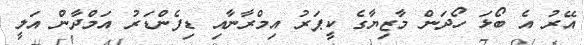
އޭރު އެ ބޯޅަ ހޯދަން މާޒިޔާގެ ކީޕަރު އިމްރާނާއި ޑިފެންޑަރު އަމްދާން އަލީ